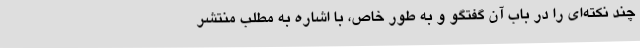
چند نکته‌ای را در باب آن گفتگو و به طور خاص، با اشاره به مطلب منتشر